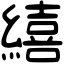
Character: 繥